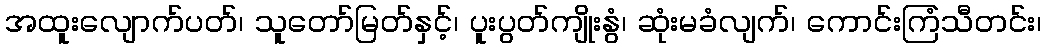
အထူးလျောက်ပတ်၊ သူတော်မြတ်နှင့်၊ ပူးပွတ်ကျိုးနွံ၊ ဆုံးမခံလျက်၊ ကောင်းကြံသီတင်း၊